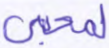
لمحيي